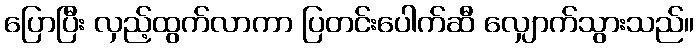
ပြောပြီး လှည့်ထွက်လာကာ ပြတင်းပေါက်ဆီ လျှောက်သွားသည်။